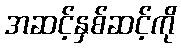
အဆင့်နှစ်ဆင့်ကို